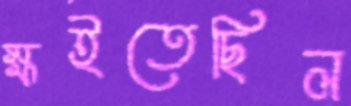
ক্ষইতেছিল